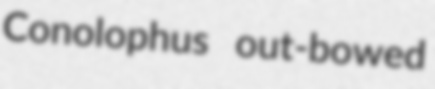
Conolophus out-bowed